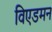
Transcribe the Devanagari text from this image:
विएडमन